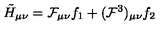
\tilde { H } _ { \mu \nu } = { \cal F } _ { \mu \nu } f _ { 1 } + ( { \cal F } ^ { 3 } ) _ { \mu \nu } f _ { 2 }